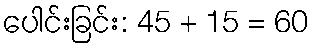
ပေါင်းခြင်း: 45 + 15 = 60